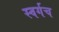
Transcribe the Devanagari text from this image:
स्वर्गच